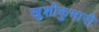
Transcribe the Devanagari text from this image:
खुशीकुमारी